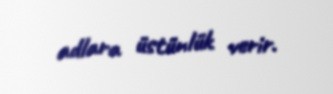
adlara üstünlük verir.